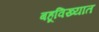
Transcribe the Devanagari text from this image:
बहूविख्यात